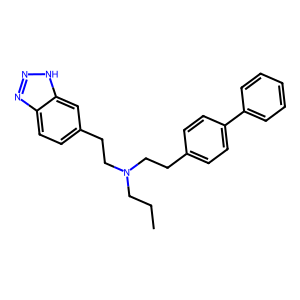
SMILES: CCCN(CCc1ccc(-c2ccccc2)cc1)CCc1ccc2nn[nH]c2c1
Inhibits HIV replication: No